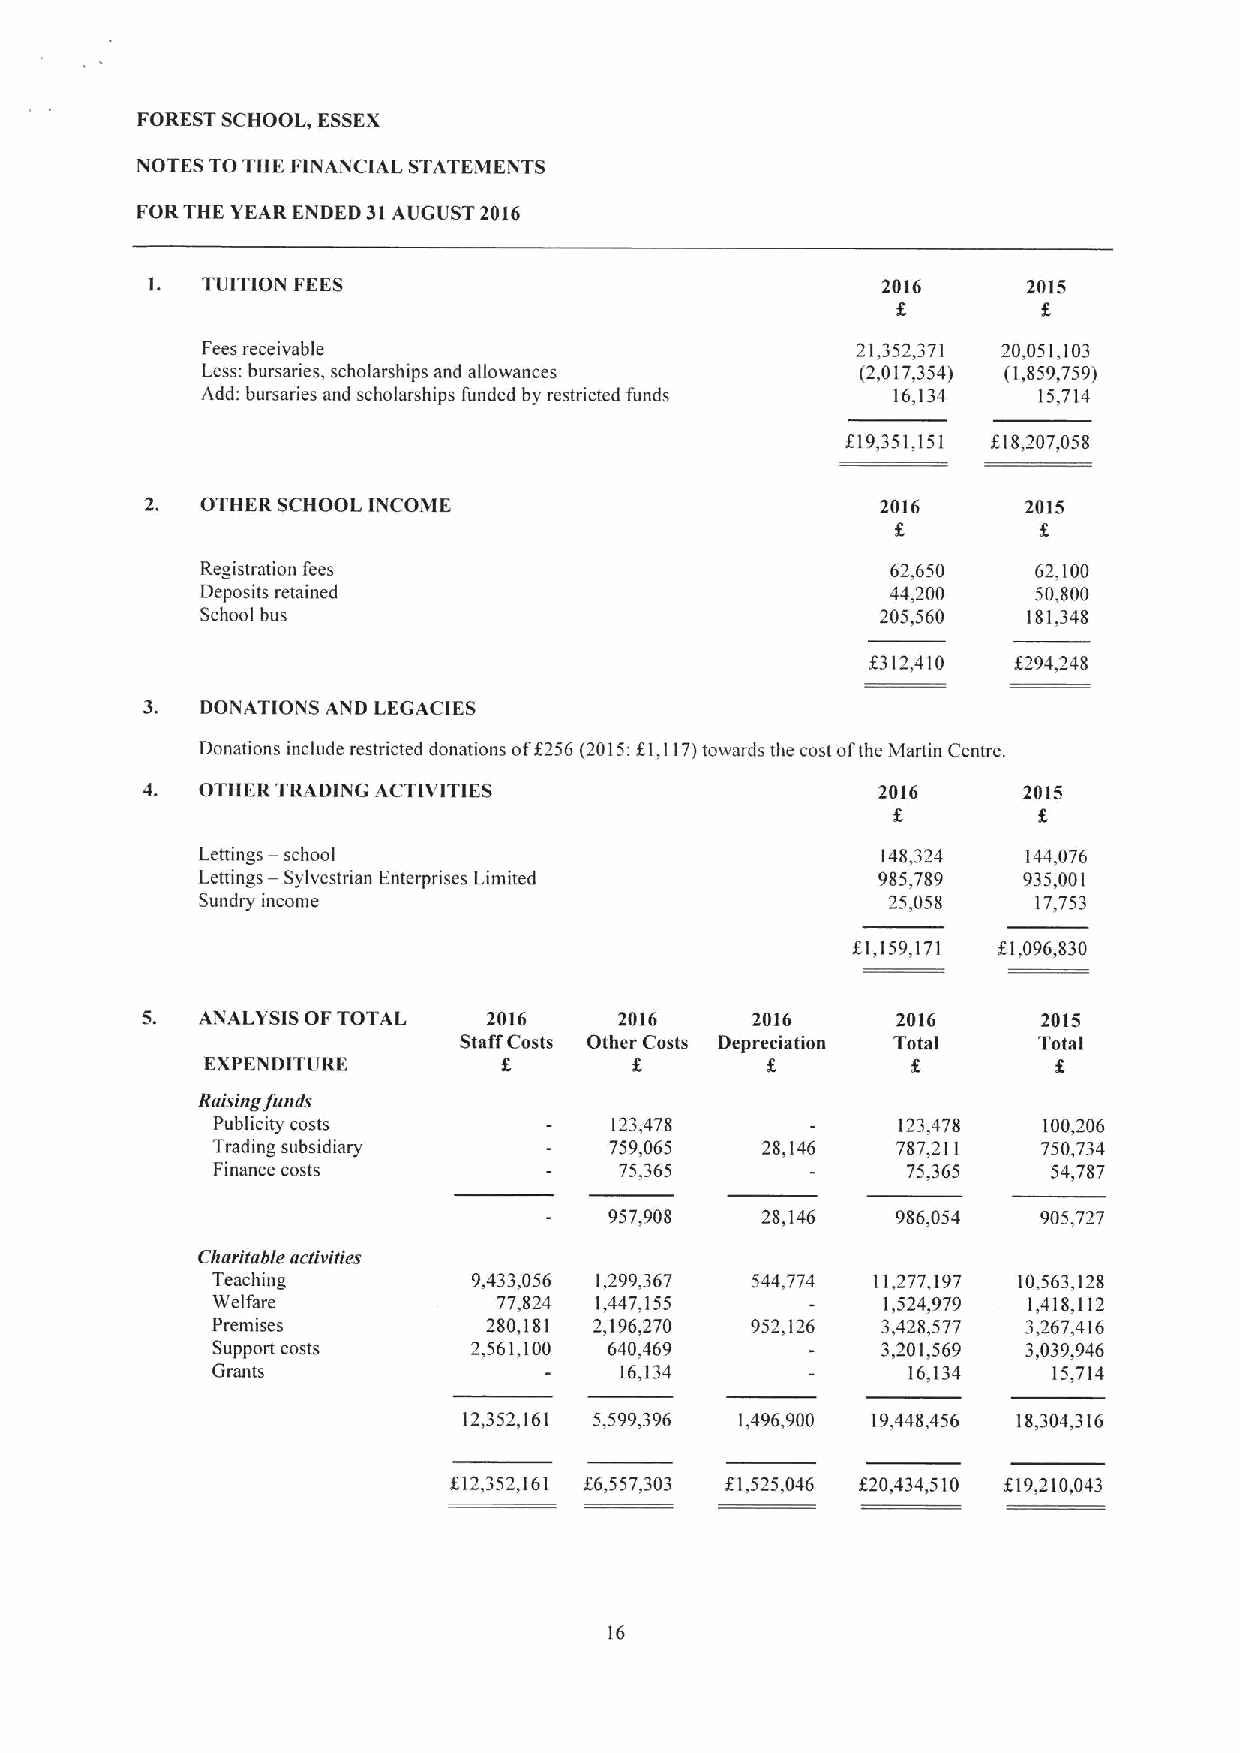
FOREST SCHOOL, ESSEX
 NOTES TO THE FINANCIAL STATEMENTS
 FORTHE YEAR ENDED 31AUGUST 2016
 1. TUITION FEES                                 2016      2015
 Fees receivable                             21,352,371 20,051,103
 Less:bursaries, scholarships and allowances (2,017,354) (1,859,759)
 Add; bursaries and scholarships funded by restricted funds 16,134 15,714
 819,35),151 818,207,058
 2. OTHER SCHOOL INCOME                          2016      2015
 Registration fees                             62,650    62,100
 Deposits retained                             44,200    50,800
 Schoolbus                                    205,560   181,348
 8312,410 f294,248
 3.  DONATIONS AND LEGACIES
 Donations include restricted donations of8256 (2015:81,117)towards the cost ofthe Martin Centre.
 OTHER TRADING ACTIVITIES                     2016      2015
 —
 Lettings school                              148,324   144,076
 —
 Lettings Sylvestrian Enterprises Limited     985,789   935,001
 Sundry income                                 25,058    17,753
 $1,159,171 81,096,830
 ANALYSIS OFTOTAL   2016     2016     2016     2016      2015
 Staff Costs Other Costs Depreciation Total Total
 EXPENDITURE        f.
 Raising funds
 Publicity costs           123,478            123,478   100,206
 Trading subsidiary        759,065   28,146   787,211   750,734
 Finance costs              75,365             75,365    54,787
 957,908   28,146   986,054   905,727
 Charitable activities
 Teaching         9,433,056 1,299,367 544,774 11,277,197 10,563,128
 Welfare            77,824 1,447,155         1,524,979 1,418,112
 Premises          280,181 2,196,270 952,126 3,428,577 3,267,416
 Support costs    2,561,100 640,469          3,201,569 3,039,946
 Grants                     16,134             16,134    15,714
 12,352,161 5,599,396 1,496,900 19,448,456 18,304,316
 812,352,161 86,557,303 K),525,046 f20,434,510 f19,210,043
 16